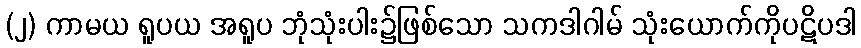
(၂) ကာမယ ရူပယ အရူပ ဘုံသုံးပါး၌ဖြစ်သော သကဒါဂါမ် သုံးယောက်ကိုပဋိပဒါ